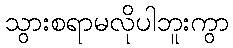
သွားစရာမလိုပါဘူးကွာ